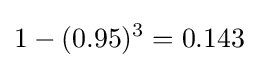
1-(0.95)^{3}=0.143